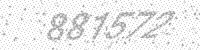
Solution: 881572